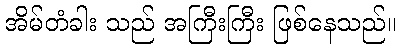
အိမ်တံခါး သည် အကြီးကြီး ဖြစ်နေသည်။